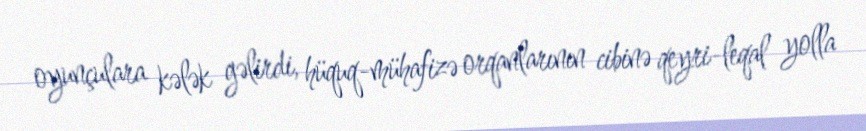
oyunçulara kələk gəlirdi, hüquq-mühafizə orqanlarının cibinə qeyri-leqal yolla